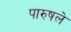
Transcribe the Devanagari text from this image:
पारुषले